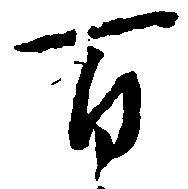
百